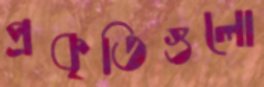
প্রকৃতিগুলো